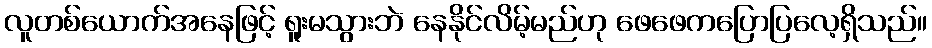
လူတစ်ယောက်အနေဖြင့် ရူးမသွားဘဲ နေနိုင်လိမ့်မည်ဟု ဖေဖေကပြောပြလေ့ရှိသည်။